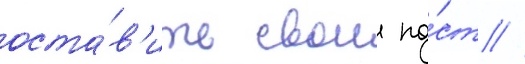
оста́в'ить свои по́ст //